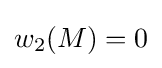
w_{2}(M)=0